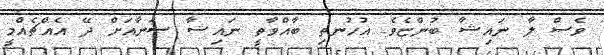
ވެސް ލާ ނައިޝާ ބުންޏެވެ. އުހުނތި ބާއްވާތީ ނައިޝާ ސަނާއަށް ދޭ އެއްޗެއްމީ